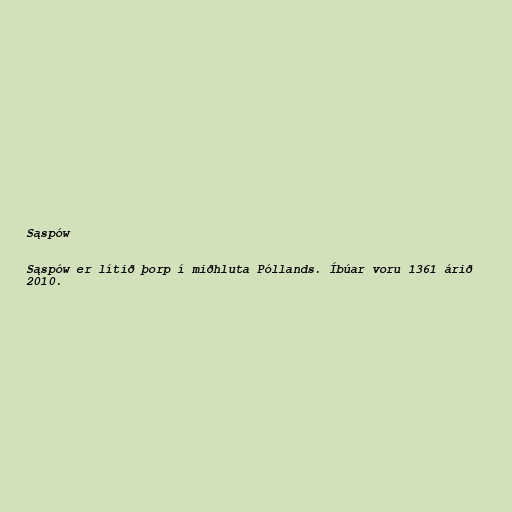
Sąspów

Sąspów er lítið þorp í miðhluta Póllands. Íbúar voru 1361 árið
2010.